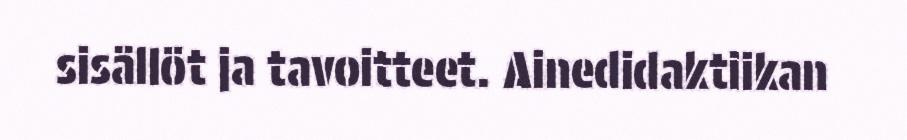
sisällöt ja tavoitteet. Ainedidaktiikan